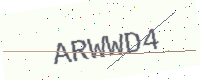
Text: ARWWD4